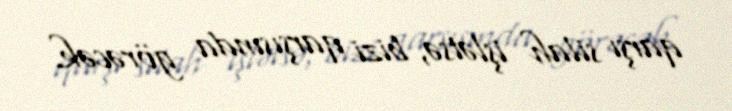
qarşı silah işlətsə, bizi qarşısında görəcək.